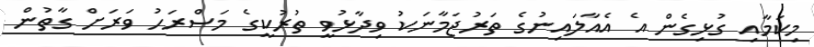
މިކަމާއި ގުޅިގެން އެ އެއާލައިނުގެ ތަރުޖަމާނަކު ވިދާޅުވީ ތުރުކީގެ މަސްރަހު ވަރަށް ގާތުން